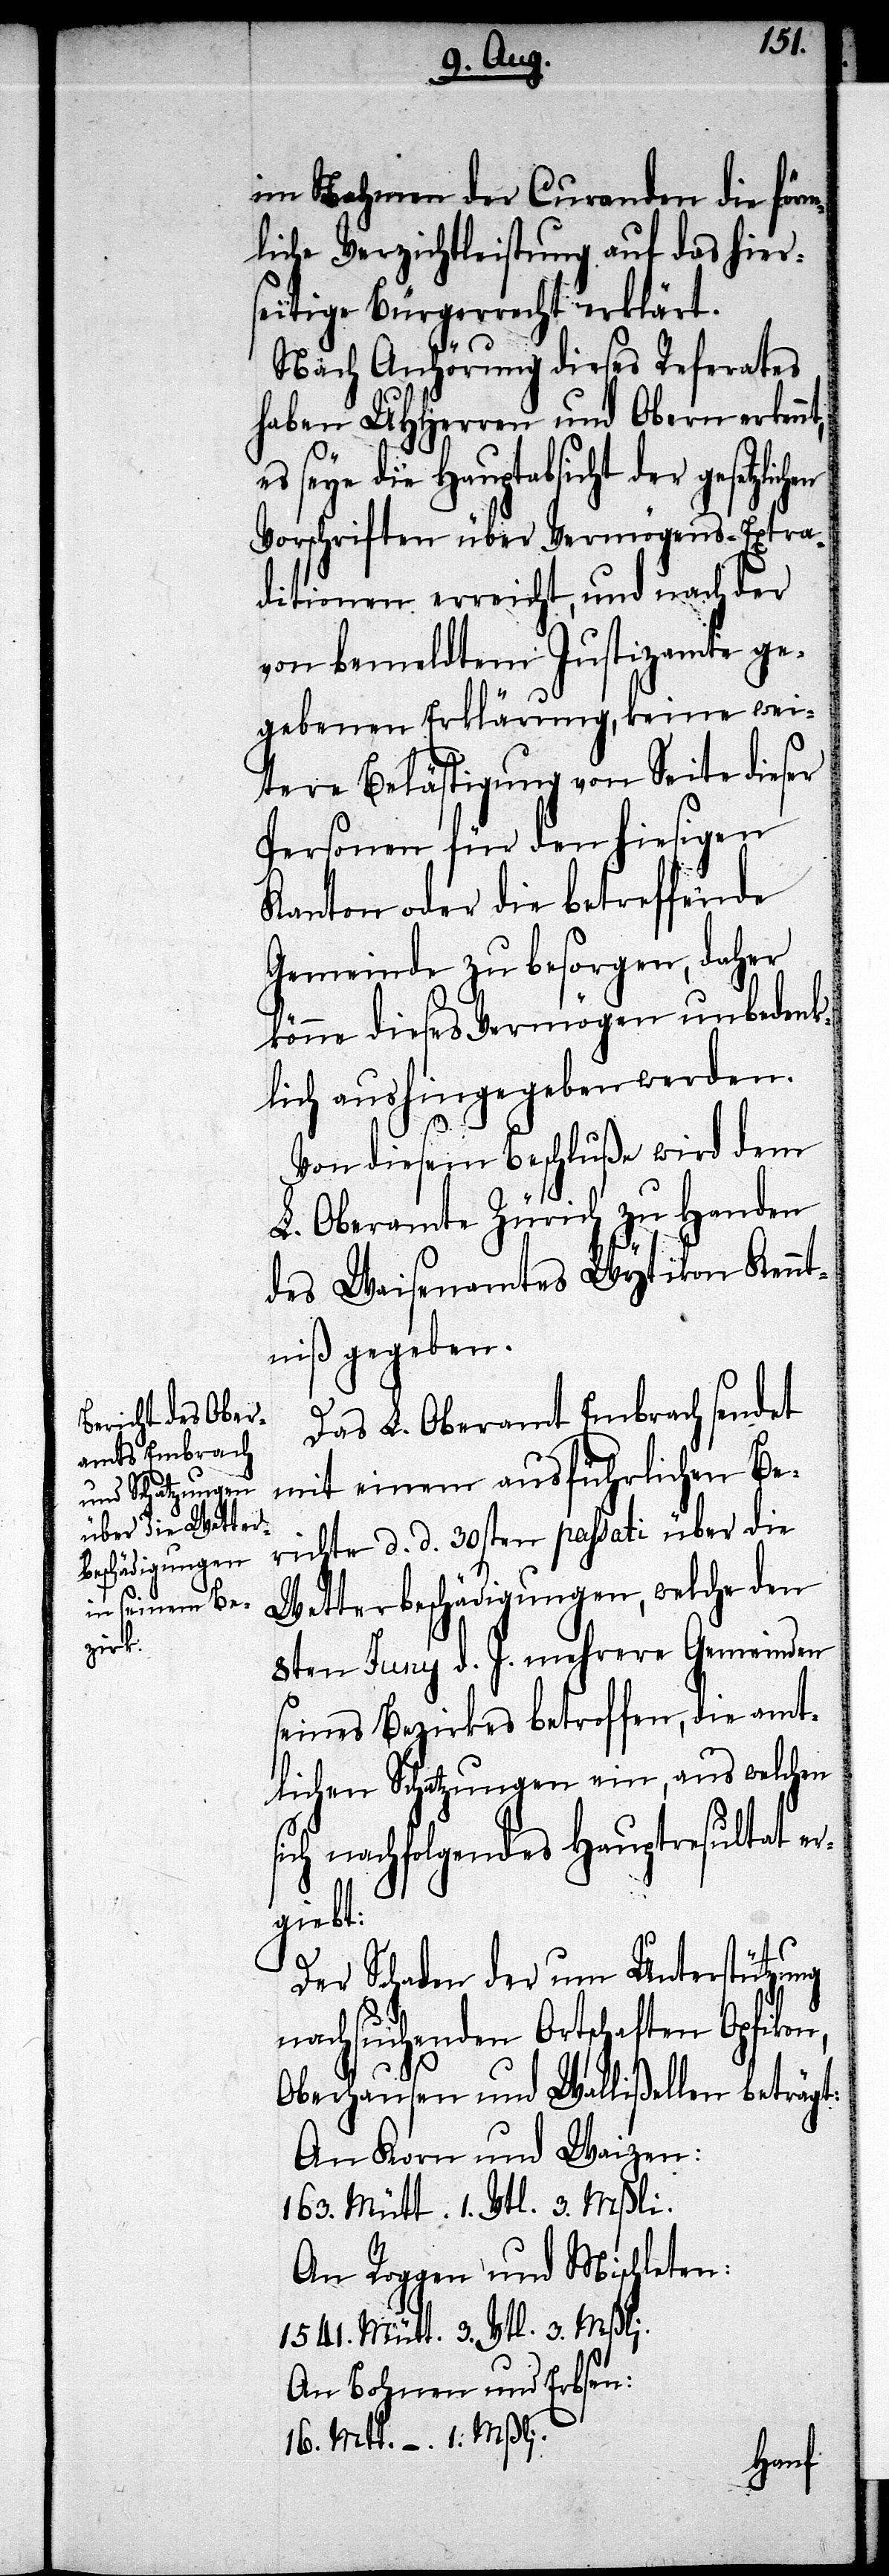
s¬

im Nahmen der Curanden die förm¬
liche Verzichtleistung auf das hier¬
seitige Bürgerrecht erklärt.
Nach Anhörung dieses Referates
haben UHHerren und Obern erkenn¬
die Hauptabsicht der gesetzli¬
Vorschriften über Vermögens-Extra¬
ditionen erreicht, und nach der
von bemeldtem Justizamte ge¬
gebenen Erklärung, keine wei¬
tere Bestätigung von Seite dieser
Personen für den hiesigen
Kanton oder die betreffende
Gemeinde zu besorgen, daher
könne dieses Vermögen unbedenk¬
lich aushingegeben werden.
Von diesem Beschluße wird dem
L. Oberamte Zürich zu Handen
des Waisenamtes Wytikon Kennt¬
niß gegeben.
Das L. Oberamt Embrach sendet
mit einem ausführlichen Be¬
richte d. d. 30sten passati über die
Wetterbeschädigungen, welche den
8ten Juny d. J. mehrere Gemeinden
seines Bezirkes betreffen, die amt¬
lichen Schatzungen ein, aus welchen
ich nachfolgendes Hauptresultat er¬
giebt:
Der Schaden der um Unterstützung
nachsuchenden Ortschaften Opfikon,
Oberhausen und Wallißellen beträgt:
An Korn und Weizen:
16. Mütt. –. 1. Mßli.
An Roggen und Mischleten:
1541. Mütt 3. Vtl. 3. Mßli.
An Bohnen und Erbsen:
chen